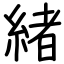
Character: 緒